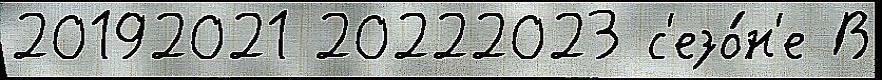
20192021 20222023 с'езо́н'е В